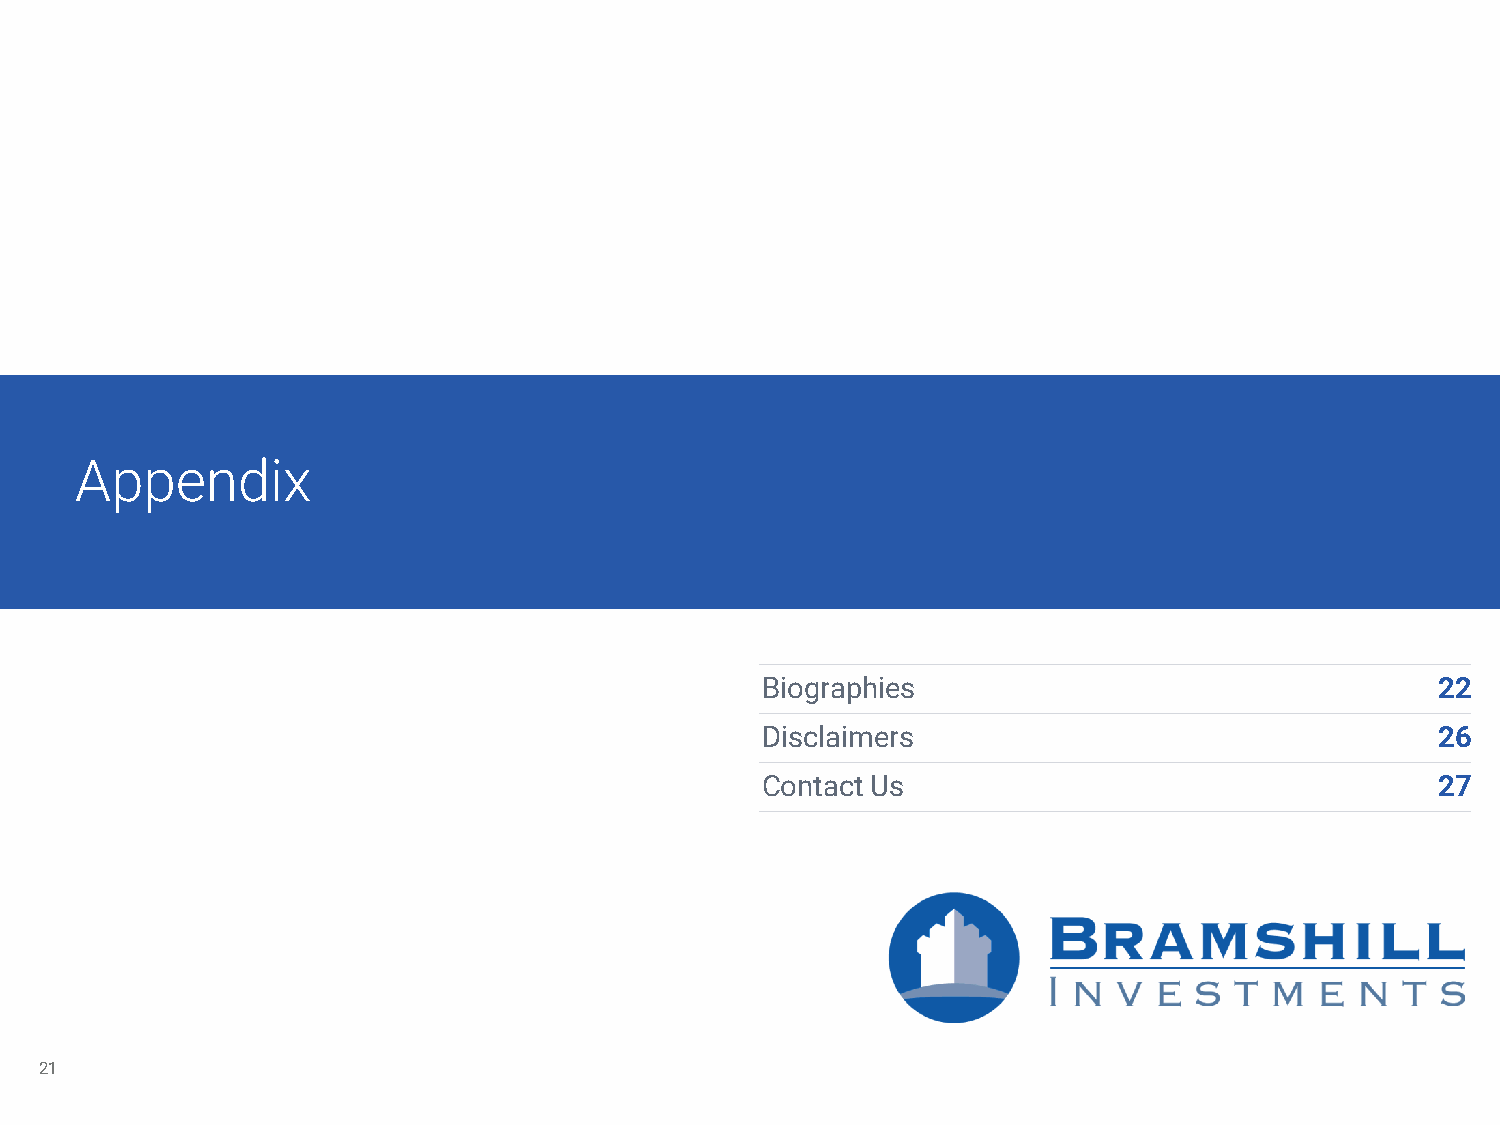
Appendix
 Biographies                                  22
 Disclaimers                                  26
 ContactUs                                    27
 21